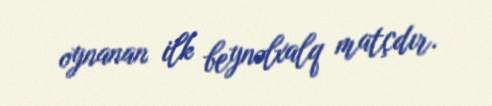
oynanan ilk beynəlxalq matçdır.